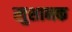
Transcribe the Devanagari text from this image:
खुशानक